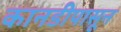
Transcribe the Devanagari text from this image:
कानडीपासून